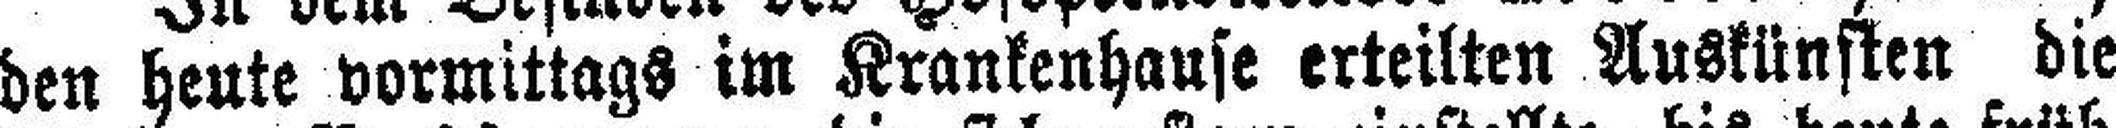
den heute vormittags im Krankenhause erteilten Auskünften die